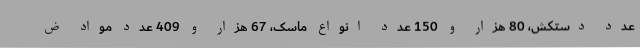
عدد دستکش، 80 هزار و 150 عدد انواع ماسک، 67 هزار و 409 عدد مواد ض